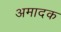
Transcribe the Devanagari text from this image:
अमादक